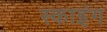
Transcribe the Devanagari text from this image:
स्‍काइंग